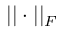
| | \cdot | | _ { F }